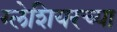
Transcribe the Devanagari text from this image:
ग्लेशियरच्या